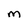
Character: M